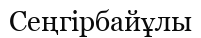
Сеңгірбайұлы